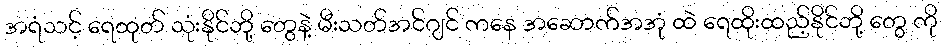
အရံသင့် ရေထုတ် သုံးနိုင်ဘို့ တွေနဲ့ မီးသတ်အင်ဂျင် ကနေ အဆောက်အအုံ ထဲ ရေထိုးထည့်နိုင်ဘို့ တွေ ကို